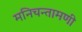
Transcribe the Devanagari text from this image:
मनिचन्तामणी